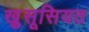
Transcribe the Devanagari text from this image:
खु़सूसियत